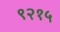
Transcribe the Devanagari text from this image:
९२१५